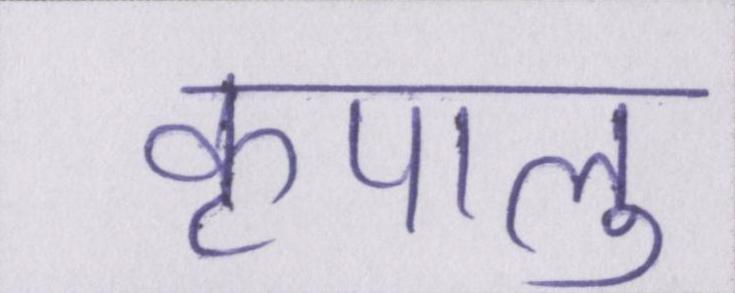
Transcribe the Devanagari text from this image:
कृपालु